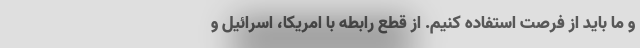
و ما باید از فرصت‌ استفاده کنیم. از قطع رابطه با امریکا، اسرائیل و